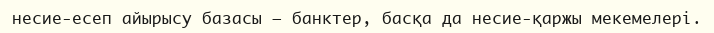
несие-есеп айырысу базасы – банктер, басқа да несие-қаржы мекемелері.